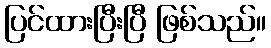
ပြင်ထားပြီးပြီ ဖြစ်သည်။